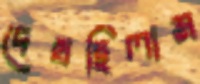
দেখছিলাম